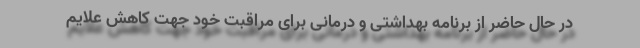
در حال حاضر از برنامه بهداشتی و درمانی برای مراقبت خود جهت کاهش علایم